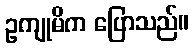
ဥကျုမိက ပြောသည်။